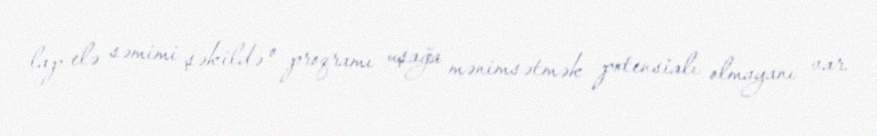
lap elə səmimi şəkildə o proqramı uşağa mənimsətmək potensialı olmayanı var.